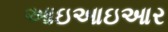
આઇઆઇઆર